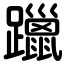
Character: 躐